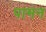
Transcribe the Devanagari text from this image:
पामन